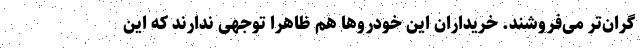
گران‌تر می‌فروشند. خریداران این خودروها هم ظاهرا توجهی ندارند که این